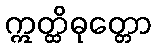
ဣတ္ထိဓုတ္တော